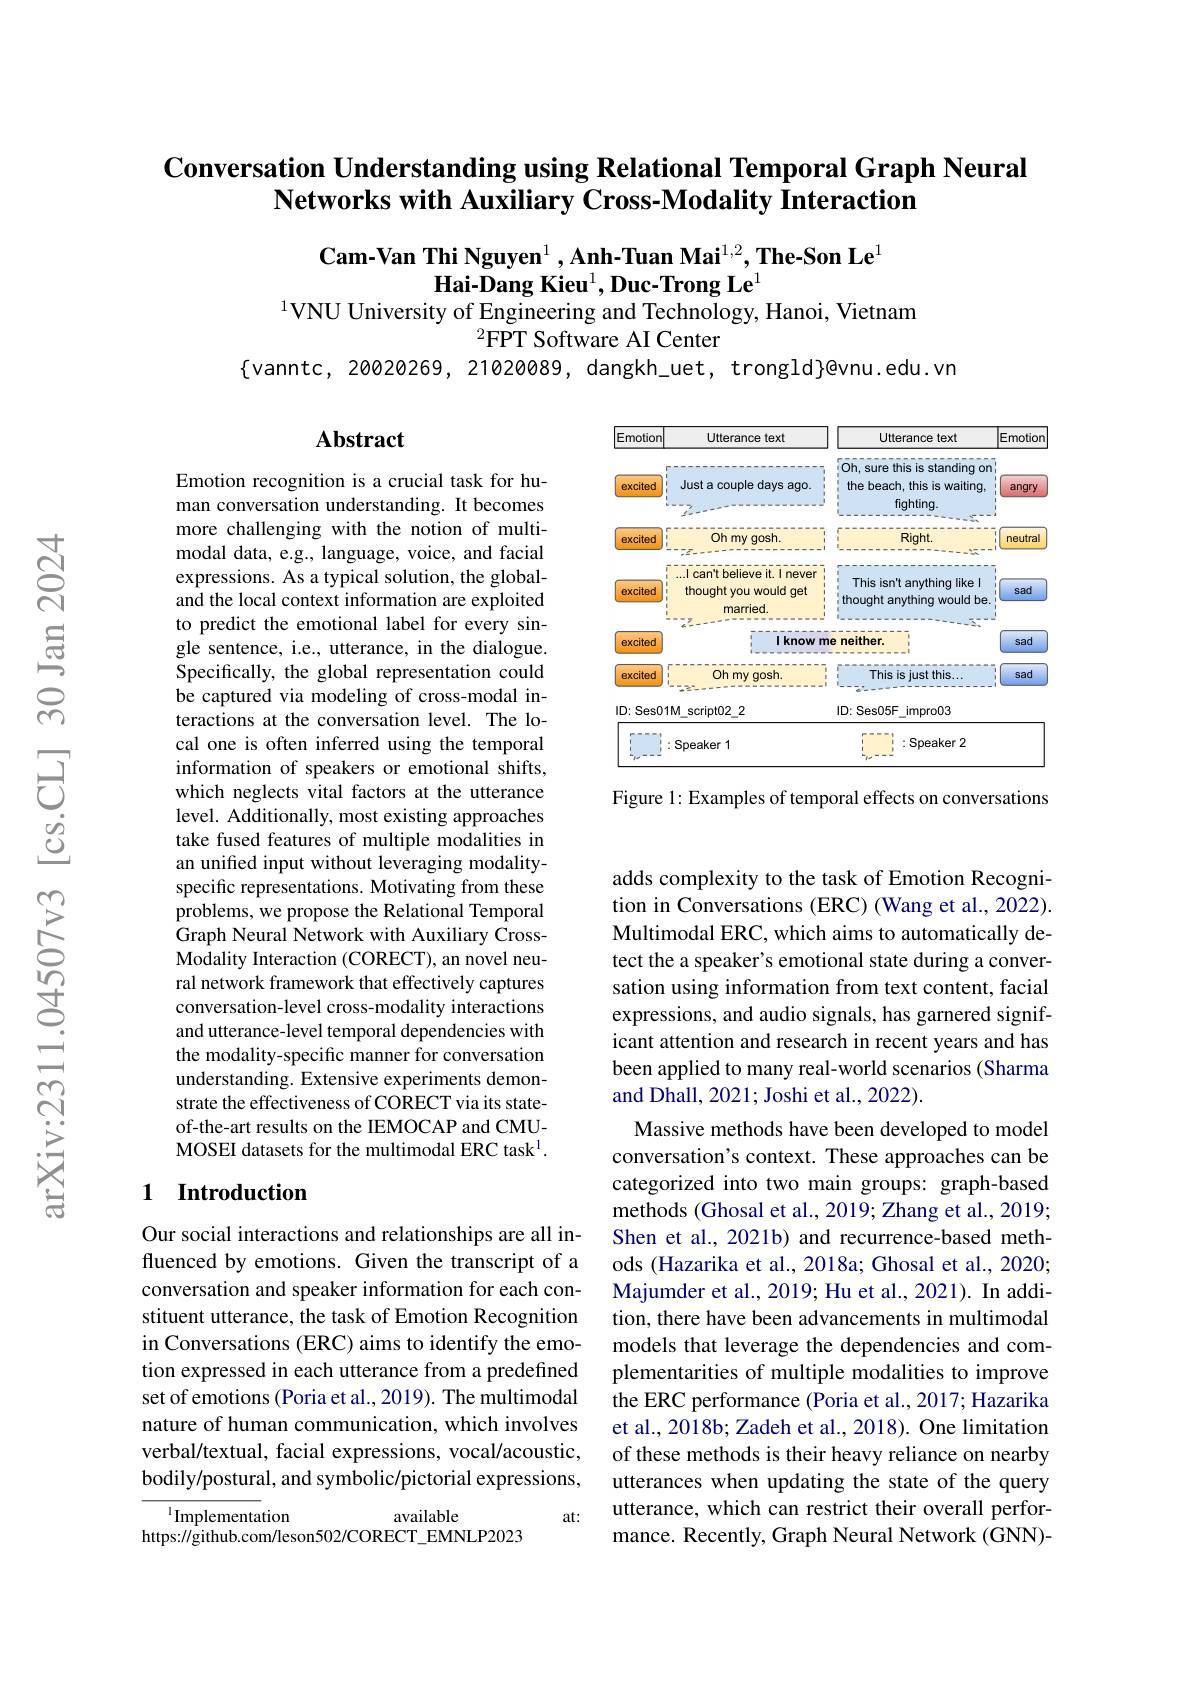
## Conversation Understanding using Relational Temporal Graph Neural $\textbf{Networks with Auxiliary Cross- Modality Interaction}$

Cam-Van Thi Nguyen$^1,\textbf{Anh-Tuan Mai}^{1,2},\textbf{The-Son Le}^1$
Hai-Dang Kieu$^1,\textbf{Duc-Trong Le}^1$
$^{1}$VNU University of Engineering and Technology, Hanoi, Vietnam

${}^{2}\bar{\mathrm{FPT~Software~AI~Center}}$
$\{$vanntc, 20020269, 21020089, dangkh\_uet, trongld}@vnu.edu.vn

### Abstract

<FigureHere>

Figure 1: Examples of temporal effects on conversations

Emotion recognition is a crucial task for human conversation understanding. It becomes more challenging with the notion of multimodal data, e.g., language, voice, and facial expressions. As a typical solution, the globaland the local context information are exploited to predict the emotional label for every single sentence, i.e., utterance, in the dialogue. Specifically, the global representation could be captured via modeling of cross-modal interactions at the conversation level. The local one is often inferred using the temporal information of speakers or emotional shifts, which neglects vital factors at the utterance level. Additionally, most existing approaches take fused features of multiple modalities in an unified input without leveraging modalityspecific representations. Motivating from these problems, we propose the Relational Temporal Graph Neural Network with Auxiliary CrossModality Interaction (CORECT), an novel neural network framework that effectively captures conversation-level cross-modality interactions and utterance-level temporal dependencies with the modality-specific manner for conversation understanding. Extensive experiments demonstrate the effectiveness of CORECT via its stateof-the-art results on the IEMOCAP and CMUMOSEI datasets for the multimodal ERC task$^{\mathrm{l}}.$

### 1 $\textbf{Introduction}$

adds complexity to the task of Emotion Recognition in Conversations (ERC) (Wang et al., 2022). Multimodal ERC, which aims to automatically detect the a speaker's emotional state during a conversation using information from text content, facial expressions, and audio signals, has garnered significant attention and research in recent years and has been applied to many real-world scenarios (Sharma and Dhall, 2021; Joshi et al., 2022).
Massive methods have been developed to model conversation's context. These approaches can be categorized into two main groups: graph-based methods (Ghosal et al., 2019; Zhang et al., 2019; Shen et al., 2021b) and recurrence-based methods (Hazarika et al., 2018a; Ghosal et al., 2020; Majumder et al., 2019; Hu et al., 2021). In addition, there have been advancements in multimodal models that leverage the dependencies and complementarities of multiple modalities to improve the ERC performance (Poria et al., 2017; Hazarika et al., 2018b; Zadeh et al., 2018). One limitation of these methods is their heavy reliance on nearby utterances when updating the state of the query utterance, which can restrict their overall performance. Recently, Graph Neural Network (GNN)-

Our social interactions and relationships are all influenced by emotions. Given the transcript of a conversation and speaker information for each constituent utterance, the task of Emotion Recognition in Conversations (ERC) aims to identify the emotion expressed in each utterance from a predefined set of emotions (Poria et al., 2019). The multimodal nature of human communication, which involves verbal/textual, facial expressions, vocal/acoustic, bodily/postural, and symbolic/pictorial expressions,

at:

available
$^{1}$Implementation
https://github.com/leson502/CORECT_EMNLP2023